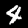
Digit: 4